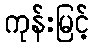
ကုန်းမြင့်